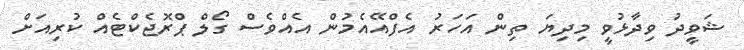
ޝަވީދު ވިދާޅުވީ މިދިޔަ ތިން އަހަރު އެފްއޭއެމުން އެއްވެސް ގޯލް ޕްރޮޖެކްޓެއް ކުރިއަށް